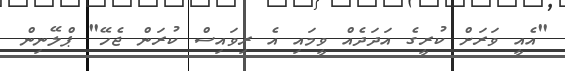
"އެއީ ވަރަށް ކުރީގެ އަދަދެއް ވީމައި އެ ރިވައިސް ކުރަން ޖެހޭ" ޕްލޭނިން